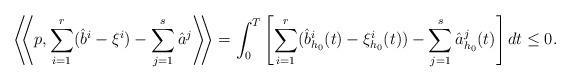
LaTeX: \begin{align*} \displaystyle \left\langle\!\!\left\langle p,\sum_{i=1}^r (\hat{b}^i-\xi^i)-\sum_{j=1}^s\hat{a}^j\right\rangle\!\!\right\rangle= \int_0^T\left[\sum_{i=1}^r (\hat{b}_{h_0}^{i}(t)-\xi_{h_0}^{i}(t))-\sum_{j=1}^s\hat{a}_{h_0}^{j}(t)\right]dt\leq0.\end{align*}